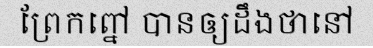
ព្រែកព្នៅ បានឲ្យដឹងថានៅ